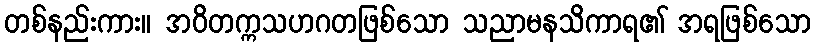
တစ်နည်းကား။ အဝိတက္ကသဟဂတဖြစ်သော သညာမနသိကာရ၏ အရဖြစ်သော